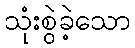
သုံးစွဲခဲ့သော